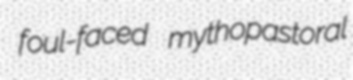
foul-faced mythopastoral